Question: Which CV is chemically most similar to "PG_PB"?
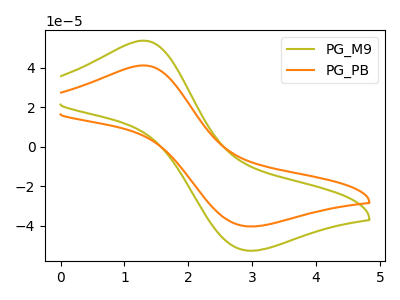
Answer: <think>The olive curve "PG_M9" has an anodic peak at (1.30V, 53.75uA) and a cathodic peak at (2.90V, -52.55uA). The orange curve "PG_PB" has an anodic peak at (1.30V, 41.20uA) and a cathodic peak at (2.90V, -40.30uA).
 All the peaks in "PG_M9" have a peak in "PG_PB" at the same potential. Every peak in "PG_M9" is higher than every peak in "PG_PB".</think>
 <answer>The CV with the most similar shape to "PG_M9" is "PG_PB".</answer>
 <eval>"PG_PB"</eval>